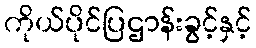
ကိုယ်ပိုင်ပြဌာန်းခွင့်နှင့်